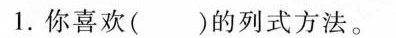
1.你喜欢( )的列式方法。